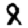
Digit: 8